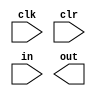
`timescale 1ns / 1ps
//////////////////////////////////////////////////////////////////////////////////
// Company:
// Engineer:
//
// Design Name:
// Module Name:    P1_L0_string
// Project Name:
// Target Devices:
// Tool versions:
// Description:
//
// Dependencies:
//
// Revision:
// Revision 0.01 - File Created
// Additional Comments:
//
//////////////////////////////////////////////////////////////////////////////////
`define S0 2'b00 //initial
`define S1 2'b01 //number
`define S2 2'b10 //+ or *
`define S3 2'b11 //wrong

module string(
           input clk,
           input clr,
           input [7:0] in,
           output out
       );

reg [1:0] status;

initial begin
    status <= `S0;
end

always @(posedge clr) begin
    status <= `S0;
end

always @(posedge clk) begin
    if (clr == 1) begin
        status <= `S0;
    end
    else begin
        case (status)
            `S0 : begin
                if(in >= "0" && in <= "9") begin
                    status <= `S1;
                end
                else if (in == "+" || in == "*") begin
                    status <= `S3;
                end
                else begin
                    status <= `S3;
                end
            end

            `S1 : begin
                if (in == "*" || in == "+") begin
                    status <= `S2;
                end
                else if(in >= "0" && in <= "9") begin
                    status <= `S3;
                end
                else begin
                    status <= `S3;
                end
            end

            `S2 : begin
                if (in == "*" || in == "+") begin
                    status <= `S3;
                end
                else if(in >= "0" && in <= "9") begin
                    status <= `S1;
                end
                else begin
                    status <= `S3;
                end
            end

            default: begin
                status <= `S3;
            end
        endcase
    end
end


endmodule